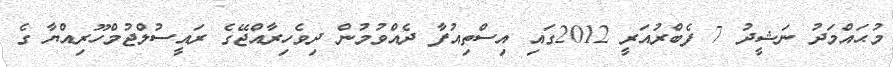
މުޙައްމަދު ނަޝީދު 7 ފެބްރުއަރީ 2012ގައި އިސްތިއުފާ ދެއްވުމުން ދިވެހިރާއްޖޭގެ ރައީސުލްޖުމްހޫރިއްޔާ ގެ